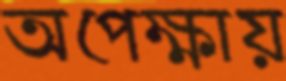
অপেক্ষায়